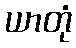
ယာတုံ